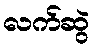
လက်ဆွဲ